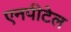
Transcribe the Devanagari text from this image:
एनपीटेल